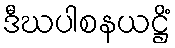
ဒီဃပါစနယဋ္ဌိံ